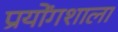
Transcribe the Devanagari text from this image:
प्रयोंगशाला